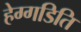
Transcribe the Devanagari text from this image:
हेग्गडिति